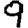
Digit: 9